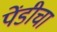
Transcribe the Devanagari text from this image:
पेंडीचा